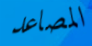
المصاعد